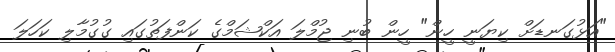
"އަޅުގަނޑަށް ކިޔަނީ ހީން" ހީން ބުނި ޖުމްލަ އަކްޝަމްގެ ކަންފަތުގައި ގުގުމާލި ކަހަލަ